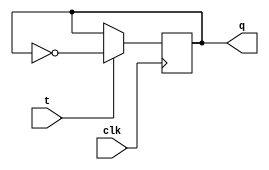
module t_ff (input wire clk, input wire t, output reg q);

    always @(posedge clk) begin
        if (t == 1'b1)
            q <= ~q;
    end
endmodule